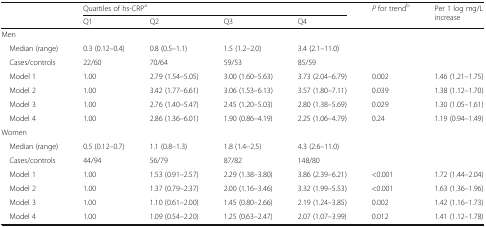
<table><thead><tr><td rowspan="2"></td><td colspan="4"><b>Quartiles of hs-CRP<sup>a</sup></b></td><td rowspan="2"><b><i>P</i> for trend<sup>b</sup></b></td><td rowspan="2"><b>Per 1 log mg/L increase</b></td></tr><tr><td><b>Q1</b></td><td><b>Q2</b></td><td><b>Q3</b></td><td><b>Q4</b></td></tr></thead><tbody><tr><td colspan="7">Men</td></tr><tr><td> Median (range)</td><td>0.3 (0.12–0.4)</td><td>0.8 (0.5–1.1)</td><td>1.5 (1.2–2.0)</td><td>3.4 (2.1–11.0)</td><td></td><td></td></tr><tr><td> Cases/controls</td><td>22/60</td><td>70/64</td><td>59/53</td><td>85/59</td><td></td><td></td></tr><tr><td> Model 1</td><td>1.00</td><td>2.79 (1.54–5.05)</td><td>3.00 (1.60–5.63)</td><td>3.73 (2.04–6.79)</td><td>0.002</td><td>1.46 (1.21–1.75)</td></tr><tr><td> Model 2</td><td>1.00</td><td>3.42 (1.77–6.61)</td><td>3.06 (1.53–6.13)</td><td>3.57 (1.80–7.11)</td><td>0.039</td><td>1.38 (1.12–1.70)</td></tr><tr><td> Model 3</td><td>1.00</td><td>2.76 (1.40–5.47)</td><td>2.45 (1.20–5.03)</td><td>2.80 (1.38–5.69)</td><td>0.029</td><td>1.30 (1.05–1.61)</td></tr><tr><td> Model 4</td><td>1.00</td><td>2.86 (1.36–6.01)</td><td>1.90 (0.86–4.19)</td><td>2.25 (1.06–4.79)</td><td>0.24</td><td>1.19 (0.94–1.49)</td></tr><tr><td colspan="7">Women</td></tr><tr><td> Median (range)</td><td>0.5 (0.12–0.7)</td><td>1.1 (0.8–1.3)</td><td>1.8 (1.4–2.5)</td><td>4.3 (2.6–11.0)</td><td></td><td></td></tr><tr><td> Cases/controls</td><td>44/94</td><td>56/79</td><td>87/82</td><td>148/80</td><td></td><td></td></tr><tr><td> Model 1</td><td>1.00</td><td>1.53 (0.91–2.57)</td><td>2.29 (1.38–3.80)</td><td>3.86 (2.39–6.21)</td><td>&lt;0.001</td><td>1.72 (1.44–2.04)</td></tr><tr><td> Model 2</td><td>1.00</td><td>1.37 (0.79–2.37)</td><td>2.00 (1.16–3.46)</td><td>3.32 (1.99–5.53)</td><td>&lt;0.001</td><td>1.63 (1.36–1.96)</td></tr><tr><td> Model 3</td><td>1.00</td><td>1.10 (0.61–2.00)</td><td>1.45 (0.80–2.66)</td><td>2.19 (1.24–3.85)</td><td>0.002</td><td>1.42 (1.16–1.73)</td></tr><tr><td> Model 4</td><td>1.00</td><td>1.09 (0.54–2.20)</td><td>1.25 (0.63–2.47)</td><td>2.07 (1.07–3.99)</td><td>0.012</td><td>1.41 (1.12–1.78)</td></tr></tbody></table>